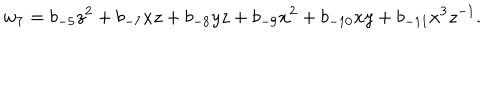
w _ { 7 } = b _ { - 5 } z ^ { 2 } + b _ { - 7 } x z + b _ { - 8 } y z + b _ { - 9 } x ^ { 2 } + b _ { - 1 0 } x y + b _ { - 1 1 } x ^ { 3 } z ^ { - 1 } .